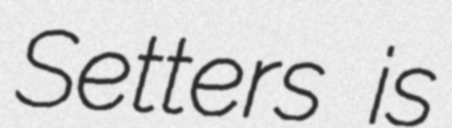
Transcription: Setters is